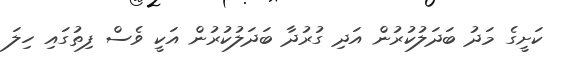
ކަށީގެ މަދު ބަދަލުކުރުން އަދި ގުރުދާ ބަދަލުކުރުން އަކީ ވެސް ފިތުގައި ހިލަ